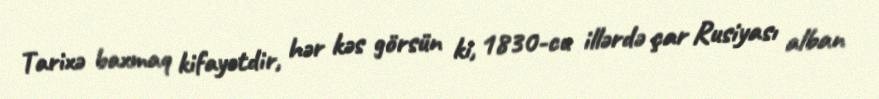
Tarixə baxmaq kifayətdir, hər kəs görsün ki, 1830-cu illərdə çar Rusiyası alban